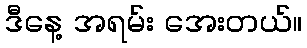
ဒီနေ့ အရမ်း အေးတယ်။